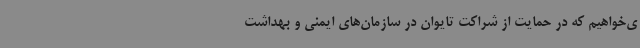
ی‌خواهیم که در حمایت از شراکت تایوان در سازمان‌های ایمنی و بهداشت